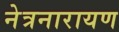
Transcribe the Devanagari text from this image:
नेत्रनारायण